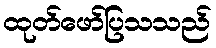
ထုတ်ဖော်ပြသသည်